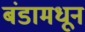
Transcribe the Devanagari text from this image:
बंडामधून